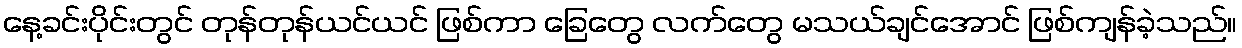
နေ့ခင်းပိုင်းတွင် တုန်တုန်ယင်ယင် ဖြစ်ကာ ခြေတွေ လက်တွေ မသယ်ချင်အောင် ဖြစ်ကျန်ခဲ့သည်။